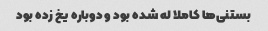
بستنی‌ها کاملا له شده بود و دوباره یخ زده بود